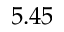
5 . 4 5